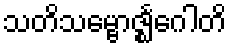
သတိသမ္ဗောဇ္ဈင်္ဂေါတိ